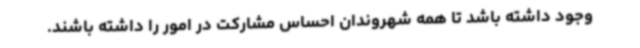
وجود داشته باشد تا همه شهروندان احساس مشارکت در امور را داشته باشند.